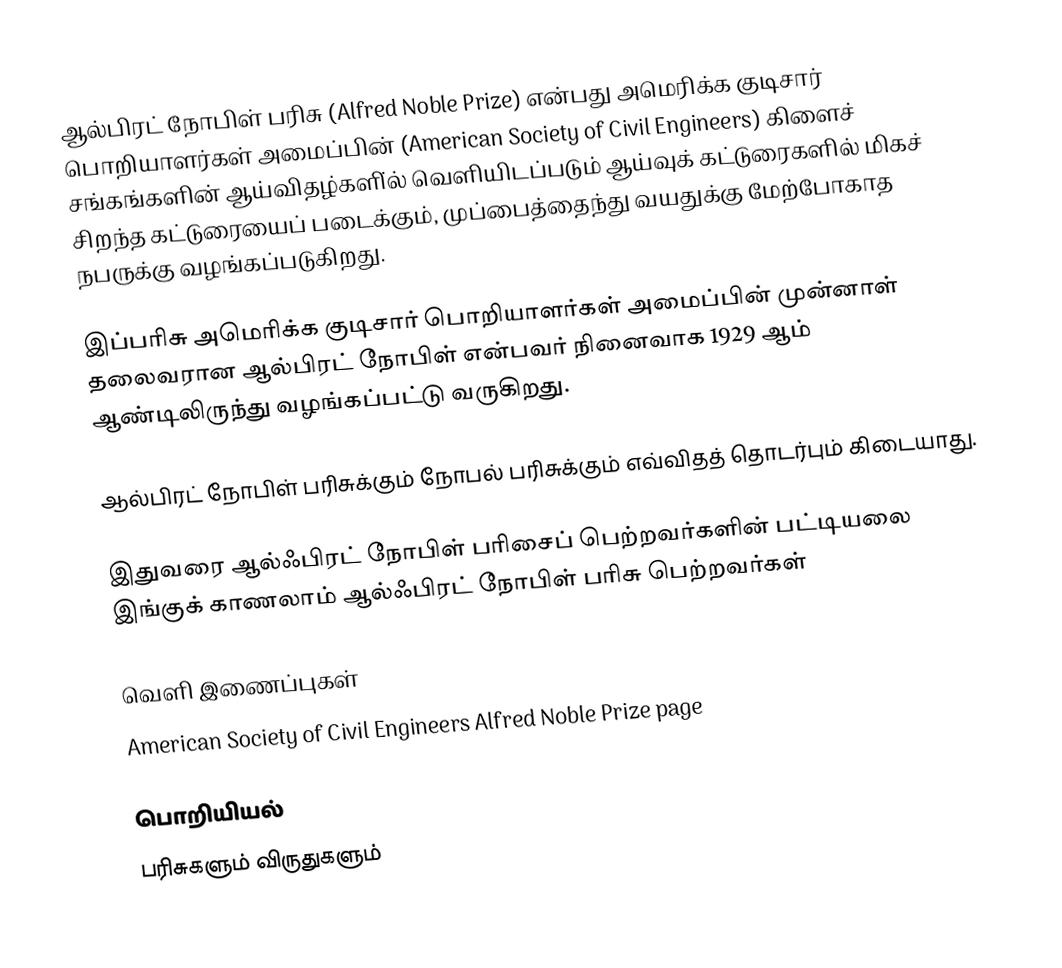
ஆல்பிரட் நோபிள் பரிசு (Alfred Noble Prize) என்பது அமெரிக்க குடிசார் பொறியாளர்கள் அமைப்பின் (American Society of Civil Engineers) கிளைச் சங்கங்களின் ஆய்விதழ்களி்ல் வெளியிடப்படும் ஆய்வுக் கட்டுரைகளில் மிகச் சிறந்த கட்டுரையைப் படைக்கும், முப்பைத்தைந்து வயதுக்கு மேற்போகாத நபருக்கு வழங்கப்படுகிறது.

இப்பரிசு அமெரிக்க குடிசார் பொறியாளர்கள் அமைப்பின் முன்னாள் தலைவரான ஆல்பிரட் நோபிள் என்பவர் நினைவாக 1929 ஆம் ஆண்டிலிருந்து வழங்கப்பட்டு வருகிறது.

ஆல்பிரட் நோபிள் பரிசுக்கும் நோபல் பரிசுக்கும் எவ்விதத் தொடர்பும் கிடையாது.

இதுவரை ஆல்ஃபிரட் நோபிள் பரிசைப் பெற்றவர்களின் பட்டியலை இங்குக் காணலாம் ஆல்ஃபிரட் நோபிள் பரிசு பெற்றவர்கள்

வெளி இணைப்புகள்
 American Society of Civil Engineers Alfred Noble Prize page

பொறியியல்
பரிசுகளும் விருதுகளும்